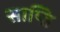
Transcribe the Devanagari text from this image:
साप्ति